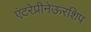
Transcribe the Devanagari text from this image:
एंटरेप्रीनेऊरशिप